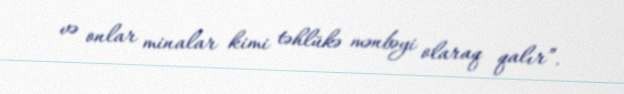
və onlar minalar kimi təhlükə mənbəyi olaraq qalır”.